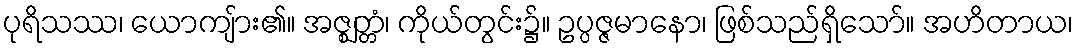
ပုရိသဿ၊ ယောကျ်ား၏။ အဇ္ဈတ္တံ၊ ကိုယ်တွင်း၌။ ဥပ္ပဇ္ဇမာနော၊ ဖြစ်သည်ရှိသော်။ အဟိတာယ၊